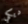
ديكي